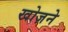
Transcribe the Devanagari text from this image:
खोज़ने